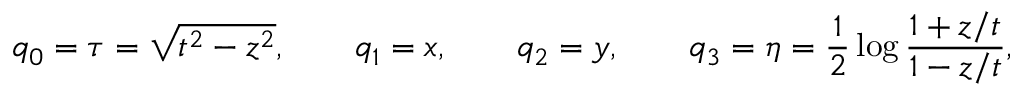
q _ { 0 } = \tau = \sqrt { t ^ { 2 } - z ^ { 2 } } , \qquad q _ { 1 } = x , \qquad q _ { 2 } = y , \qquad q _ { 3 } = \eta = \frac { 1 } { 2 } \log \frac { 1 + z / t } { 1 - z / t } ,